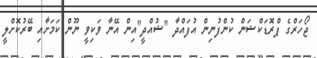
ޖޯހަރްގެ ޕްރޮޑަކްޝަން ކުންފުނިން އުފައްދާ "ޝުއްދީ"އިން އޭނާ ވަކިވީ ނޫން ކަމަށާއި ބޭރުކޮށްލީ